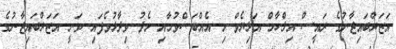
އަޒަރްބައިޖާނުގެ ރައީސް އިލްހާމް އަލިޔެވް މި އެއްބަސްވުމާއި މެދު ވިދާޅުވެފައި ވަނީ އަޒަރްބައިޖާނުގެ